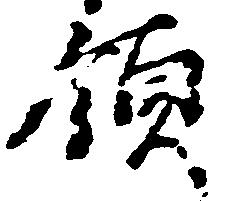
領